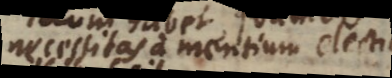
necessitas a mentium electionibus